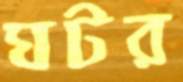
ঘটর